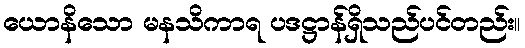
ယောနိသော မနသိကာရ ပဒဋ္ဌာန်ရှိသည်ပင်တည်း။